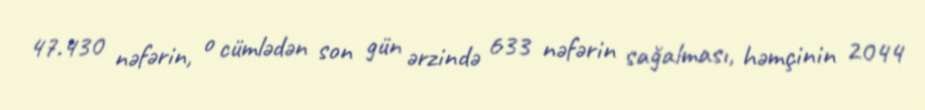
47.430 nəfərin, o cümlədən son gün ərzində 633 nəfərin sağalması, həmçinin 2044